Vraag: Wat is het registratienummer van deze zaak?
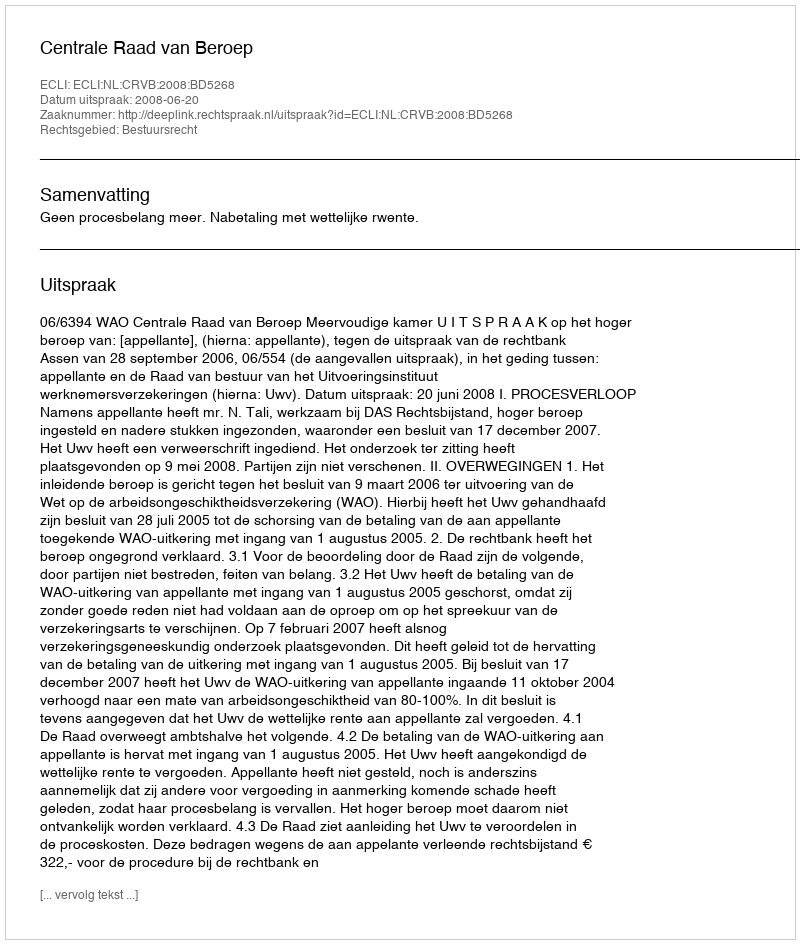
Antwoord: http://deeplink.rechtspraak.nl/uitspraak?id=ECLI:NL:CRVB:2008:BD5268